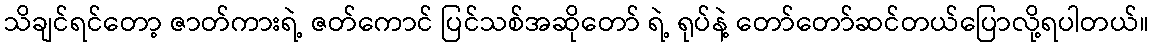
သိချင်ရင်တော့ ဇာတ်ကားရဲ့ ဇတ်ကောင် ပြင်သစ်အဆိုတော် ရဲ့ ရုပ်နဲ့ တော်တော်ဆင်တယ်ပြောလို့ရပါတယ်။